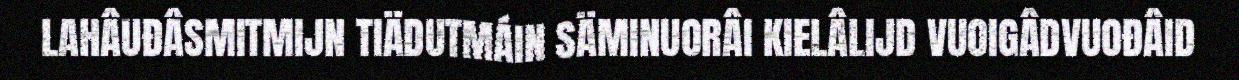
LAHÂUĐÂSMITMIJN TIÄDUTMÁIN SÄMINUORÂI KIELÂLIJD VUOIGÂDVUOĐÂID